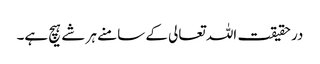
در حقیقت اللہ تعالی کے سامنے ہر شے ہیچ ہے۔